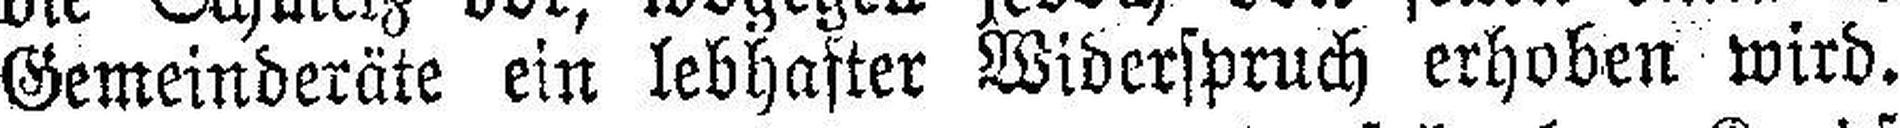
Gemeinderäte ein lebhafter Widerspruch erhoben wird.